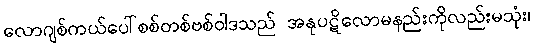
လောဂျစ်ကယ်ပေါ်စစ်တစ်ဗစ်ဝါဒသည် အနုပဋိလောမနည်းကိုလည်းမသုံး၊